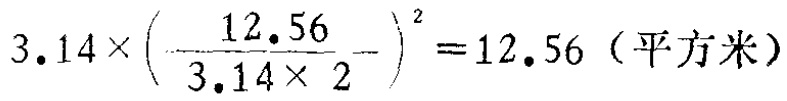
\(3.14\times\left(\frac{12.56}{3.14\times 2}\right)^{2}=12.56 \text{（平方米）}\)